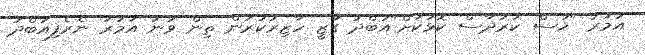
އަމުރު "ހުސް ކަރުދާސް ކޮޅަކަށް"އަބްދު ގާޒީ ހާޒިރުކުރަން ތިން ވަނަ އަމުރު ނެރެފިއަބްދު